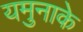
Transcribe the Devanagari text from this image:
यमुनाके